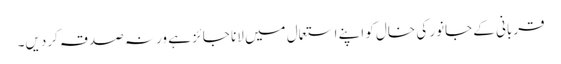
قربانی کے جانور کی خال کو اپنے استعمال میں لانا جائز ہے ورنہ صدقہ کردیں۔